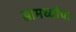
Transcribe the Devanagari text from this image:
सामर्थ्यांचा